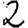
Digit: 2